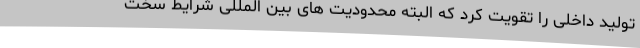
تولید داخلی را تقویت کرد که البته محدودیت ‌های بین المللی شرایط سخت